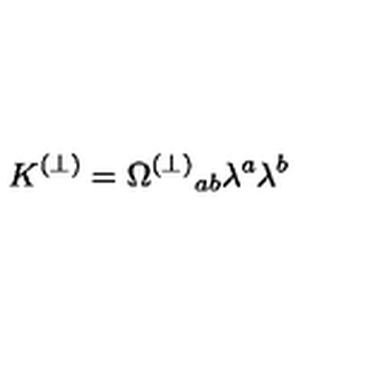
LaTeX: K ^ { ( \perp ) } = \Omega ^ { ( \perp ) } { } _ { a b } \lambda ^ { a } \lambda ^ { b }